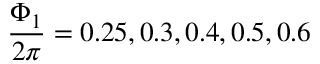
\frac { \Phi _ { 1 } } { 2 \pi } = 0 . 2 5 , 0 . 3 , 0 . 4 , 0 . 5 , 0 . 6